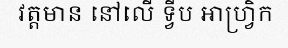
វត្តមាន នៅលើ ទ្វីប អាហ្វ្រិក